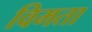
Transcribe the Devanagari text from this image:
विमता